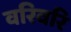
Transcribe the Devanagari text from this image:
वरिवरि